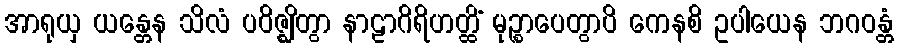
အာရုယှ ယန္တေန သိလံ ပဝိဇ္ဈိတွာ နာဠာဂိရိဟတ္ထိံ မုဉ္စာပေတွာပိ ကေနစိ ဥပါယေန ဘဂဝန္တံ